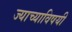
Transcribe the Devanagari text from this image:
ज्याच्याविषयी